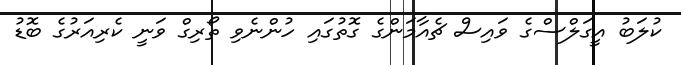
ކުލަބު އީގަލްސްގެ ވައިސް ޗެއާމަންގެ ގޮތުގައި ހުންނެވި ތޯރިގް ވަނީ ކެރިއަރުގެ ބޮޑު